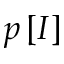
p \left[ I \right]